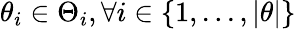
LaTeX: \theta_{i}\in\Theta_{i},\forall i\in\{ 1,...,|\theta|\}